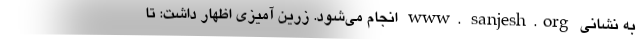
به نشانی www. sanjesh.org انجام می‌شود. زرین آمیزی اظهار داشت: تا